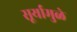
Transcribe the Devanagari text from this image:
सूर्यामुळे